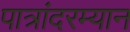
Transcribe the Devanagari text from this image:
पात्रांदरम्यान